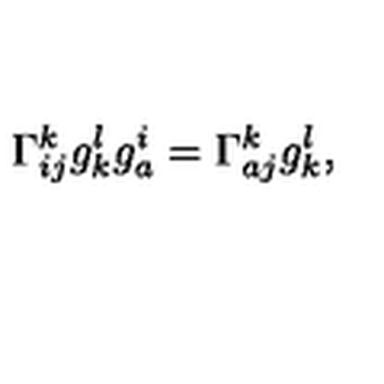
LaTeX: \Gamma _ { i j } ^ { k } g _ { k } ^ { l } g _ { a } ^ { i } = \Gamma _ { a j } ^ { k } g _ { k } ^ { l } ,